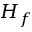
H _ { f }